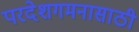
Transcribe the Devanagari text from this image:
परदेशगमनासाठी